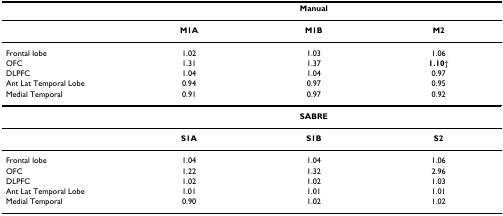
<table><thead><tr><td></td><td colspan="3"><b>Manual</b></td></tr></thead><tbody><tr><td></td><td><b>M1A</b></td><td><b>M1B</b></td><td><b>M2</b></td></tr><tr><td>Frontal lobe</td><td>1.02</td><td>1.03</td><td>1.06</td></tr><tr><td>OFC</td><td>1.31</td><td>1.37</td><td><b>1.10</b>†</td></tr><tr><td>DLPFC</td><td>1.04</td><td>1.04</td><td>0.97</td></tr><tr><td>Ant Lat Temporal Lobe</td><td>0.94</td><td>0.97</td><td>0.95</td></tr><tr><td>Medial Temporal</td><td>0.91</td><td>0.97</td><td>0.92</td></tr><tr><td></td><td colspan="3"><b>SABRE</b></td></tr><tr><td></td><td><b>S1A</b></td><td><b>S1B</b></td><td><b>S2</b></td></tr><tr><td>Frontal lobe</td><td>1.04</td><td>1.04</td><td>1.06</td></tr><tr><td>OFC</td><td>1.22</td><td>1.32</td><td>2.96</td></tr><tr><td>DLPFC</td><td>1.02</td><td>1.02</td><td>1.03</td></tr><tr><td>Ant Lat Temporal Lobe</td><td>1.01</td><td>1.01</td><td>1.01</td></tr><tr><td>Medial Temporal</td><td>0.90</td><td>1.02</td><td>1.02</td></tr></tbody></table>